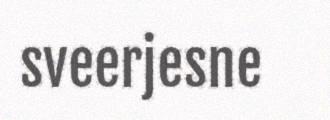
sveerjesne